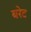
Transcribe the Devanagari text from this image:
बरेट